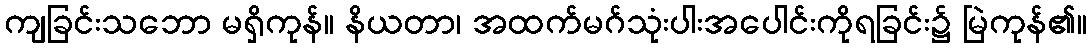
ကျခြင်းသဘော မရှိကုန်။ နိယတာ၊ အထက်မဂ်သုံးပါးအပေါင်းကိုရခြင်း၌ မြဲကုန်၏။